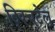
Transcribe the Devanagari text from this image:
ट्विचटेल